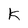
Character: K